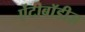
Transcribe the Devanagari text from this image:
ऐंटीबॉडीज़